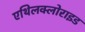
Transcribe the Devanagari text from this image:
एथिलक्लोराइड